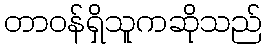
တာဝန်ရှိသူကဆိုသည်